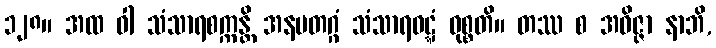
၁၂၈။ အထ ဝါ သံသာရစက္ကန္တိ အနမတဂ္ဂံ သံသာရဝဋ္ဋံ ဝုစ္စတိ။ တဿ စ အဝိဇ္ဇာ နာဘိ,